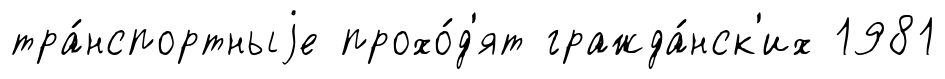
тра́нспортныjе прохо́д'ят гражда́нск'их 1981